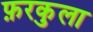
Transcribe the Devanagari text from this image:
फ़रकुला